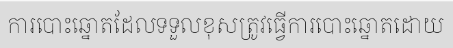
ការបោះឆ្នោតដែលទទួលខុសត្រូវធ្វើការបោះឆ្នោតដោយ